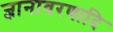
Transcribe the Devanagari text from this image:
ज्ञानावरणादि